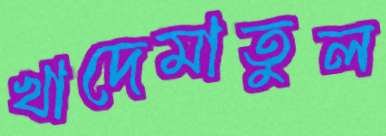
খাদেমাতুল